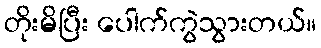
တိုးမိပြီး ပေါက်ကွဲသွားတယ်။